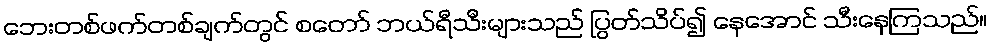
ဘေးတစ်ဖက်တစ်ချက်တွင် စတော် ဘယ်ရီသီးများသည် ပြွတ်သိပ်၍ နေအောင် သီးနေကြသည်။